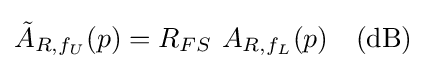
{\tilde {A}}_{R,f_{U}}(p)=R_{FS}\ A_{R,f_{L}}(p)\quad {\textrm {(dB)}}